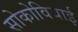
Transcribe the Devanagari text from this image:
सोकोवियाई